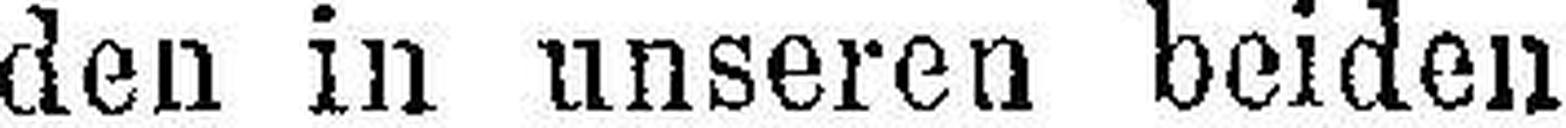
den in unseren beiden